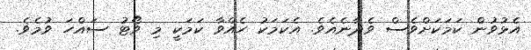
އެޅުވުން ކަމަކަށްވެސް ވެދާނެއެވެ. އެކަމަކު ހެއްވާ ކަމަކީ މި ވޯޓު ސައްހަ ވުމެވެ.